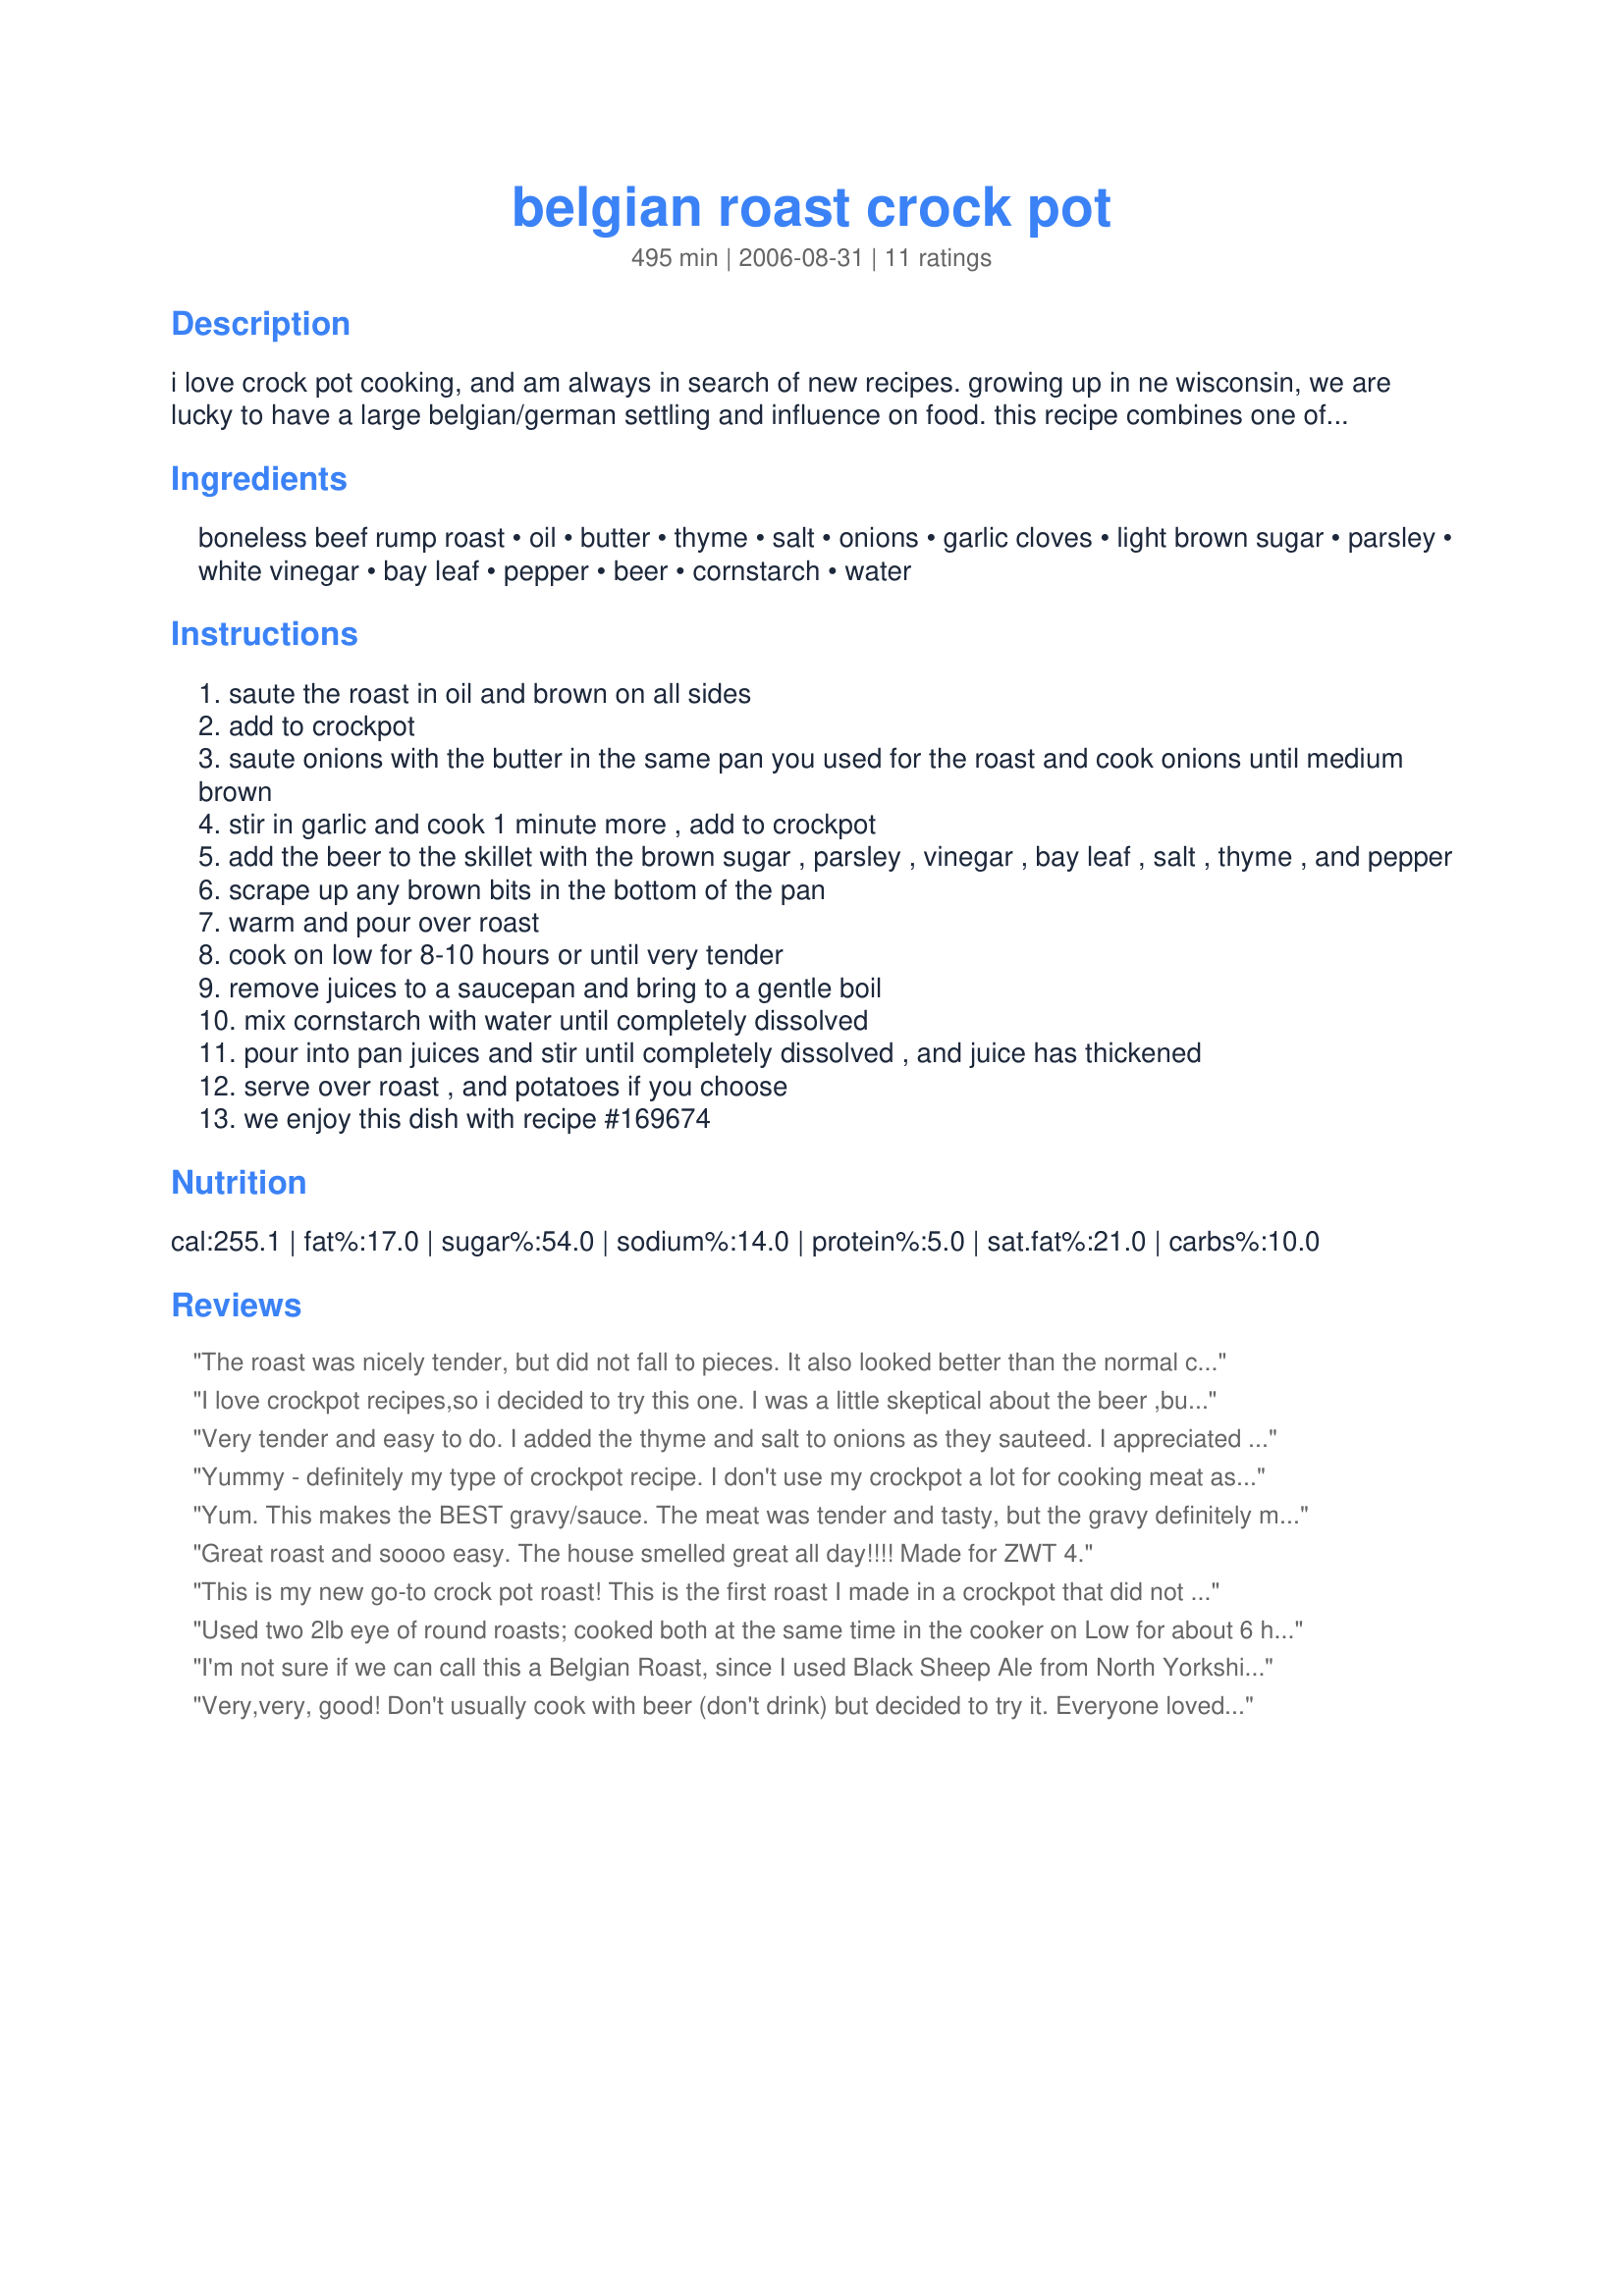
belgian roast crock pot
Preparation time: 495 minutes

i love crock pot cooking, and am always in search of new recipes. growing up in ne wisconsin, we are lucky to have a large belgian/german settling and influence on food. this recipe combines one of my favorite comfort foods with the convenience of a crockpot. this smells so good when i come home from work.

Ingredients:
boneless beef rump roast, oil, butter, thyme, salt, onions, garlic cloves, light brown sugar, parsley, white vinegar, bay leaf, pepper, beer, cornstarch, water

Steps:
saute the roast in oil and brown on all sides
add to crockpot
saute onions with the butter in the same pan you used for the roast and cook onions until medium brown
stir in garlic and cook 1 minute more , add to crockpot
add the beer to the skillet with the brown sugar , parsley , vinegar , bay leaf , salt , thyme , and pepper
scrape up any brown bits in the bottom of the pan
warm and pour over roast
cook on low for 8-10 hours or until very tender
remove juices to a saucepan and bring to a gentle boil
mix cornstarch with water until completely dissolved
pour into pan juices and stir until completely dissolved , and juice has thickened
serve over roast , and potatoes if you choose
we enjoy this dish with recipe #169674

Reviews:
The roast was nicely tender, but did not fall to pieces. It also looked better than the normal crockpot roast because of the browning. The recipes produces lots of gravy loaded with onions & garlic. The gravy is slightly tangy from the vinegar, with a sweet note from the brown sugar, and the beer just intensifies the herbs to add to the awesome flavor. This is very different from any pot roast I've made, but I would make it again. The only I thing I changed was to skim off the fat before making gravy. Next time I might stir in kitchen bouquet for color. Thank you for sharing the recipe! :-)
I love crockpot recipes,so i decided to try this one.
I was a little skeptical about the beer ,but the recipe tasted so good.
The beef was tender and delicious.My home smelled great with this cooking for 8 hrs!
I followed the recipe to the T and the results were great.This is gonna be a regular for us,thanks for a great roast recipe!
Very tender and easy to do. I added the thyme and salt to onions as they sauteed. I appreciated that it did not have any dry onion soup or canned soup in it. My roast was in the crock pot for 9 hours. Thanks for sharing Nick's Mom. Made for Zaar World Tour 4 Beverage Challenge - Bier ist Nahrung.
Yummy - definitely my type of crockpot recipe. I don't use my crockpot a lot for cooking meat as I don't like what it does to the texture, but this recipe is different - probably due to the initial browning of the meat (and the tasty addition of the sauteed onion and garlic). The meat looked like a roast should and was very tender. Delicious sauce. This is a keeper.
Yum. This makes the BEST gravy/sauce. The meat was tender and tasty, but the gravy definitely made the dish. It was a little sweet, which surprised me, considering the dark lager I used. I also had to guess when to add the salt and thyme. Thank you so much for posting, Made for ZWT4
Great roast and soooo easy. The house smelled great all day!!!! Made for ZWT 4.
This is my new go-to crock pot roast! This is the first roast I made in a crockpot that did not come out as shredded beef!! Made exactly as written and wouldn't change a thing!! Made for ZWT6-Germany.
Used two 2lb eye of round roasts; cooked both at the same time in the cooker on Low for about 6 hours and done! The roasts held their shape and were very tender. Next time I will add more salt, otherwise it was very different and tasty!
I'm not sure if we can call this a Belgian Roast, since I used Black Sheep Ale from North Yorkshire. What do you think? Even with beer from the wrong country, this roast was WONDERFUL!! I cooked mine for 4 hours on low in the crock pot as I want it to hold together when I sliced it. I used French thyme, I really have come to love this herb. When you add a little sweetness from the sugar, you have a roast and gravy with the best flavor! Since this was so easy to make, I'll be making this one again. Made for Let's P-A-R-T-Y! ~2010
Very,very, good! Don't usually cook with beer (don't drink) but decided to try it. Everyone loved it . The gravy was wonderful. Will make again. I didn't have time to really set up a pic, so this is it Made for Queens of Quisine ZWT 6
We loved this!! It was fall apart tender, so I couldn't really get great pictures, but the taste was wonderful. The hint of brown sugar in the sauce combined with the tenderness of the meat made for a fabulous combination. I will definitely make this again. Thanks for sharing!
